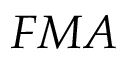
F M A